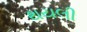
થયલી